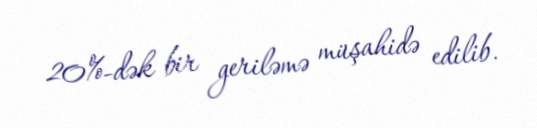
20%-dək bir geriləmə müşahidə edilib.